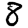
Digit: 8